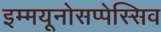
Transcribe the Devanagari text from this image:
इम्मयूनोसप्पेस्सिव